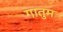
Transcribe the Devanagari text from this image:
गातुम